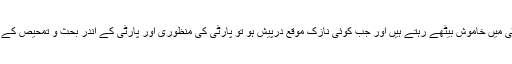
دوسری جانب ممبران اپنے بنیادی مؤقف کو بدلے بغیر پارٹی میں خاموش بیٹھے رہتے ہیں اور جب کوئی نازک موقع درپیش ہو تو پارٹی کی منظوری اور پارٹی کے اندر بحث و تمحیص کے بغیر ذاتی فیصلہ پارٹی اور ملک و ملت پر تھوپ دیتے ہیں۔